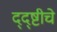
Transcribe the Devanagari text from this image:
द्द्ष्टीचे